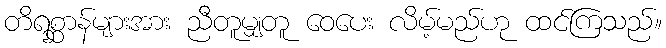
တိရစ္ဆာန်များအား ညီတူမျှတူ ဝေပေး လိမ့်မည်ဟု ထင်ကြသည်။